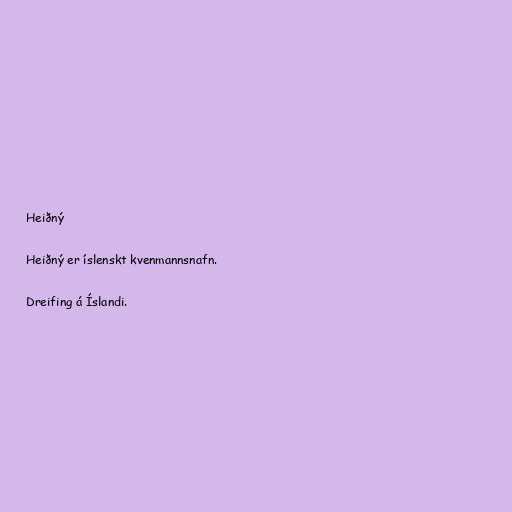
Heiðný

Heiðný er íslenskt kvenmannsnafn.

Dreifing á Íslandi.